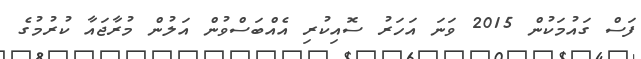
ފަސް ގައުމަކުން 2015 ވަނަ އަހަރު ސޮއިކުރި އެއްބަސްވުން އަލުން މުރާޖައާ ކުރުމުގެ